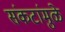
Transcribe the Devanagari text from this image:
संकटांमुळे